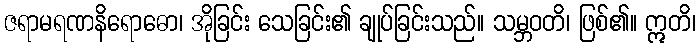
ဇရာမရဏနိရောဓော၊ အိုခြင်း သေခြင်း၏ ချုပ်ခြင်းသည်။ သမ္ဘဝတိ၊ ဖြစ်၏။ ဣတိ၊